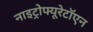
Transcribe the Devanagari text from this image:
नाइट्रोफ्यूरेटॉएन